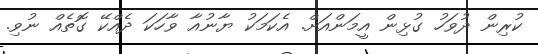
ކުރިން ދުވަހު ގުޅިން އީމަންއަށް. އެކަމަކު ޔާނުއާ ވާހަކަ ދެއްކޭ ގޮތެއް ނުވި.